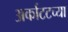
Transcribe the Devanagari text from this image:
अर्काटटच्या